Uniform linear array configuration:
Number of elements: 48
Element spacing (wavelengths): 0.75
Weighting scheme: uniform
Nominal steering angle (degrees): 0
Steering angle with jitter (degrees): -0.607
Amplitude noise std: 0.05
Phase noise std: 0.05

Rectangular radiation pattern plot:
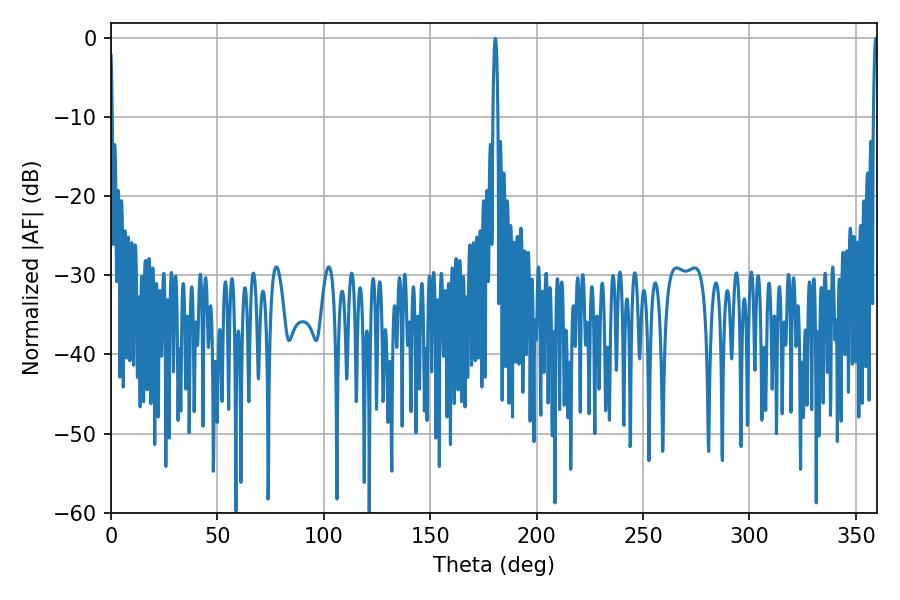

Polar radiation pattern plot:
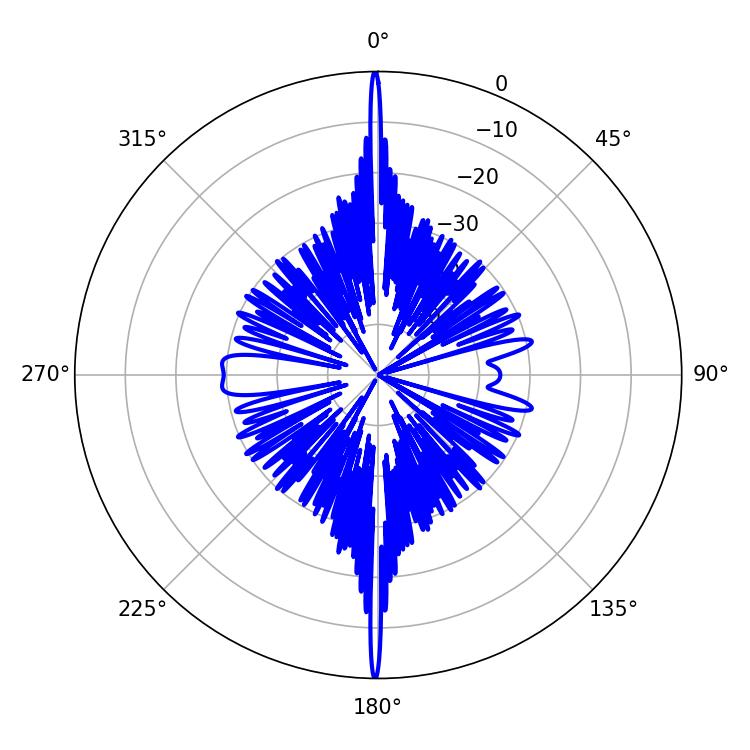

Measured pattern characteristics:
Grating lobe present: TRUE
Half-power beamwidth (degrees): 1.26
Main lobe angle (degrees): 180.54